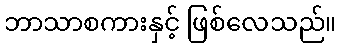
ဘာသာစကားနှင့် ဖြစ်လေသည်။